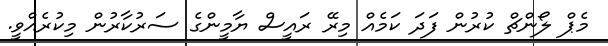
މެޕް ލޯންޗް ކުރުން ފަަދަ ކަމެއް މިރޭ ރައީސް ޔާމީންގެ ސަރުކާރުން މިކުރެއްވީ.